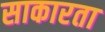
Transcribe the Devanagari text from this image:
साकारता